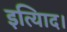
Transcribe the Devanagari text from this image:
इत्यािद।